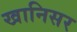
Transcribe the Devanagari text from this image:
खानिसर